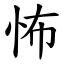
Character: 怖